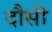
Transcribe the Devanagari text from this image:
दौसी